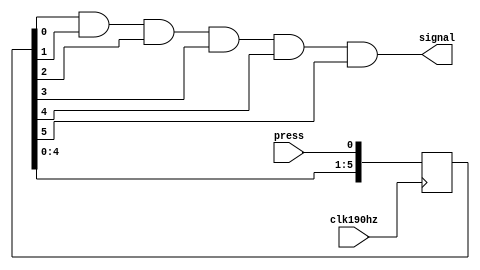
`timescale 1ns / 1ps
//* 
module press(
    input clk190hz,
    input press, 
    output signal
);

    reg[5:0] de;
    
    always @(posedge clk190hz)
    begin
        de[5] <= de[4];
        de[4] <= de[3];
        de[3] <= de[2];
        de[2] <= de[1]; 
        de[1] <= de[0];  
        de[0] <= press;
    end
    
    assign signal = de[0] & de[1] & de[2] & de[3] & de[4] & de[5];
endmodule